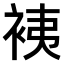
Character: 𧙣